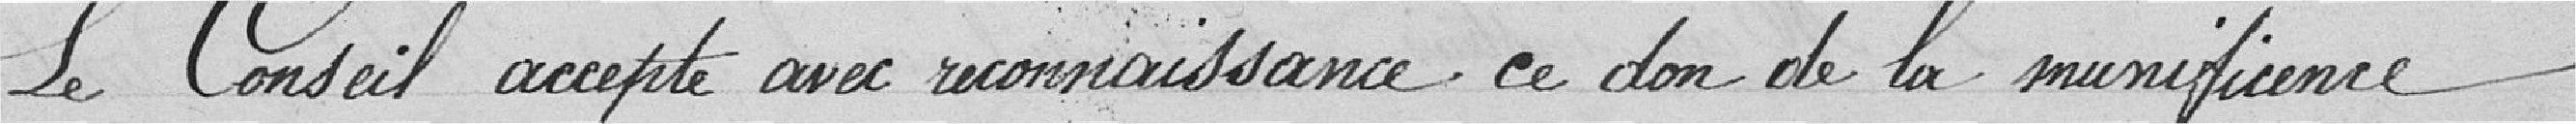
Le conseil accepte avec reconnaissance ce don de la munificence